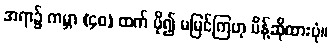
အရာ၌ ကမ္ဘာ (၄၀) ထက် ပို၍ မမြင်ကြဟု မိန့်ဆိုထားပုံ။